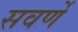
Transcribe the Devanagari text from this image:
सवर्णे